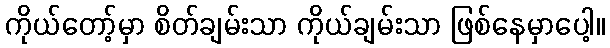
ကိုယ်တော့်မှာ စိတ်ချမ်းသာ ကိုယ်ချမ်းသာ ဖြစ်နေမှာပေါ့။